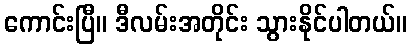
ကောင်းပြီ။ ဒီလမ်းအတိုင်း သွားနိုင်ပါတယ်။